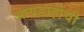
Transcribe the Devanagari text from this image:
आयडाहोची